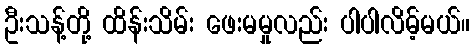
ဦးသန့်တို့ ထိန်းသိမ်း ဖေးမမှုလည်း ပါပါလိမ့်မယ်။